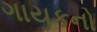
ગાયકનો